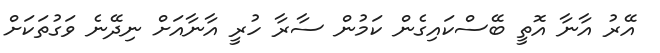
އޭރު އާނާ އޮތީ ބޭސްކައިގެން ކަމުން ސާރާ ހުރީ އާނާއަށް ނިދޭނެ ވަގުތަކަށް